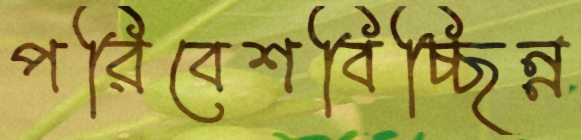
পরিবেশবিচ্ছিন্ন